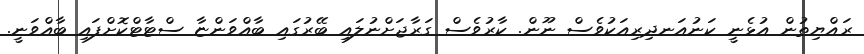
ރައްޔިތުން އުޅެނީ ކަނުއަނދިރިއަކުވެސް ނޫން. ކާރުވެސް ގަރާޖަށްނުލައި ބޭރުގައި ބާއްވަންޏާ ސްޓާޓްކޮށްފައި ބާއްވަނީ.